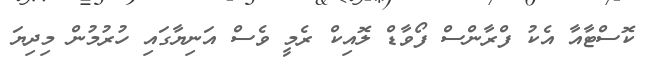
ކޮސްޓާއާ އެކު ފްރާންސް ފޯވާޑް ލޮއިކް ރެމީ ވެސް އަނިޔާގައި ހުރުމުން މިދިޔަ